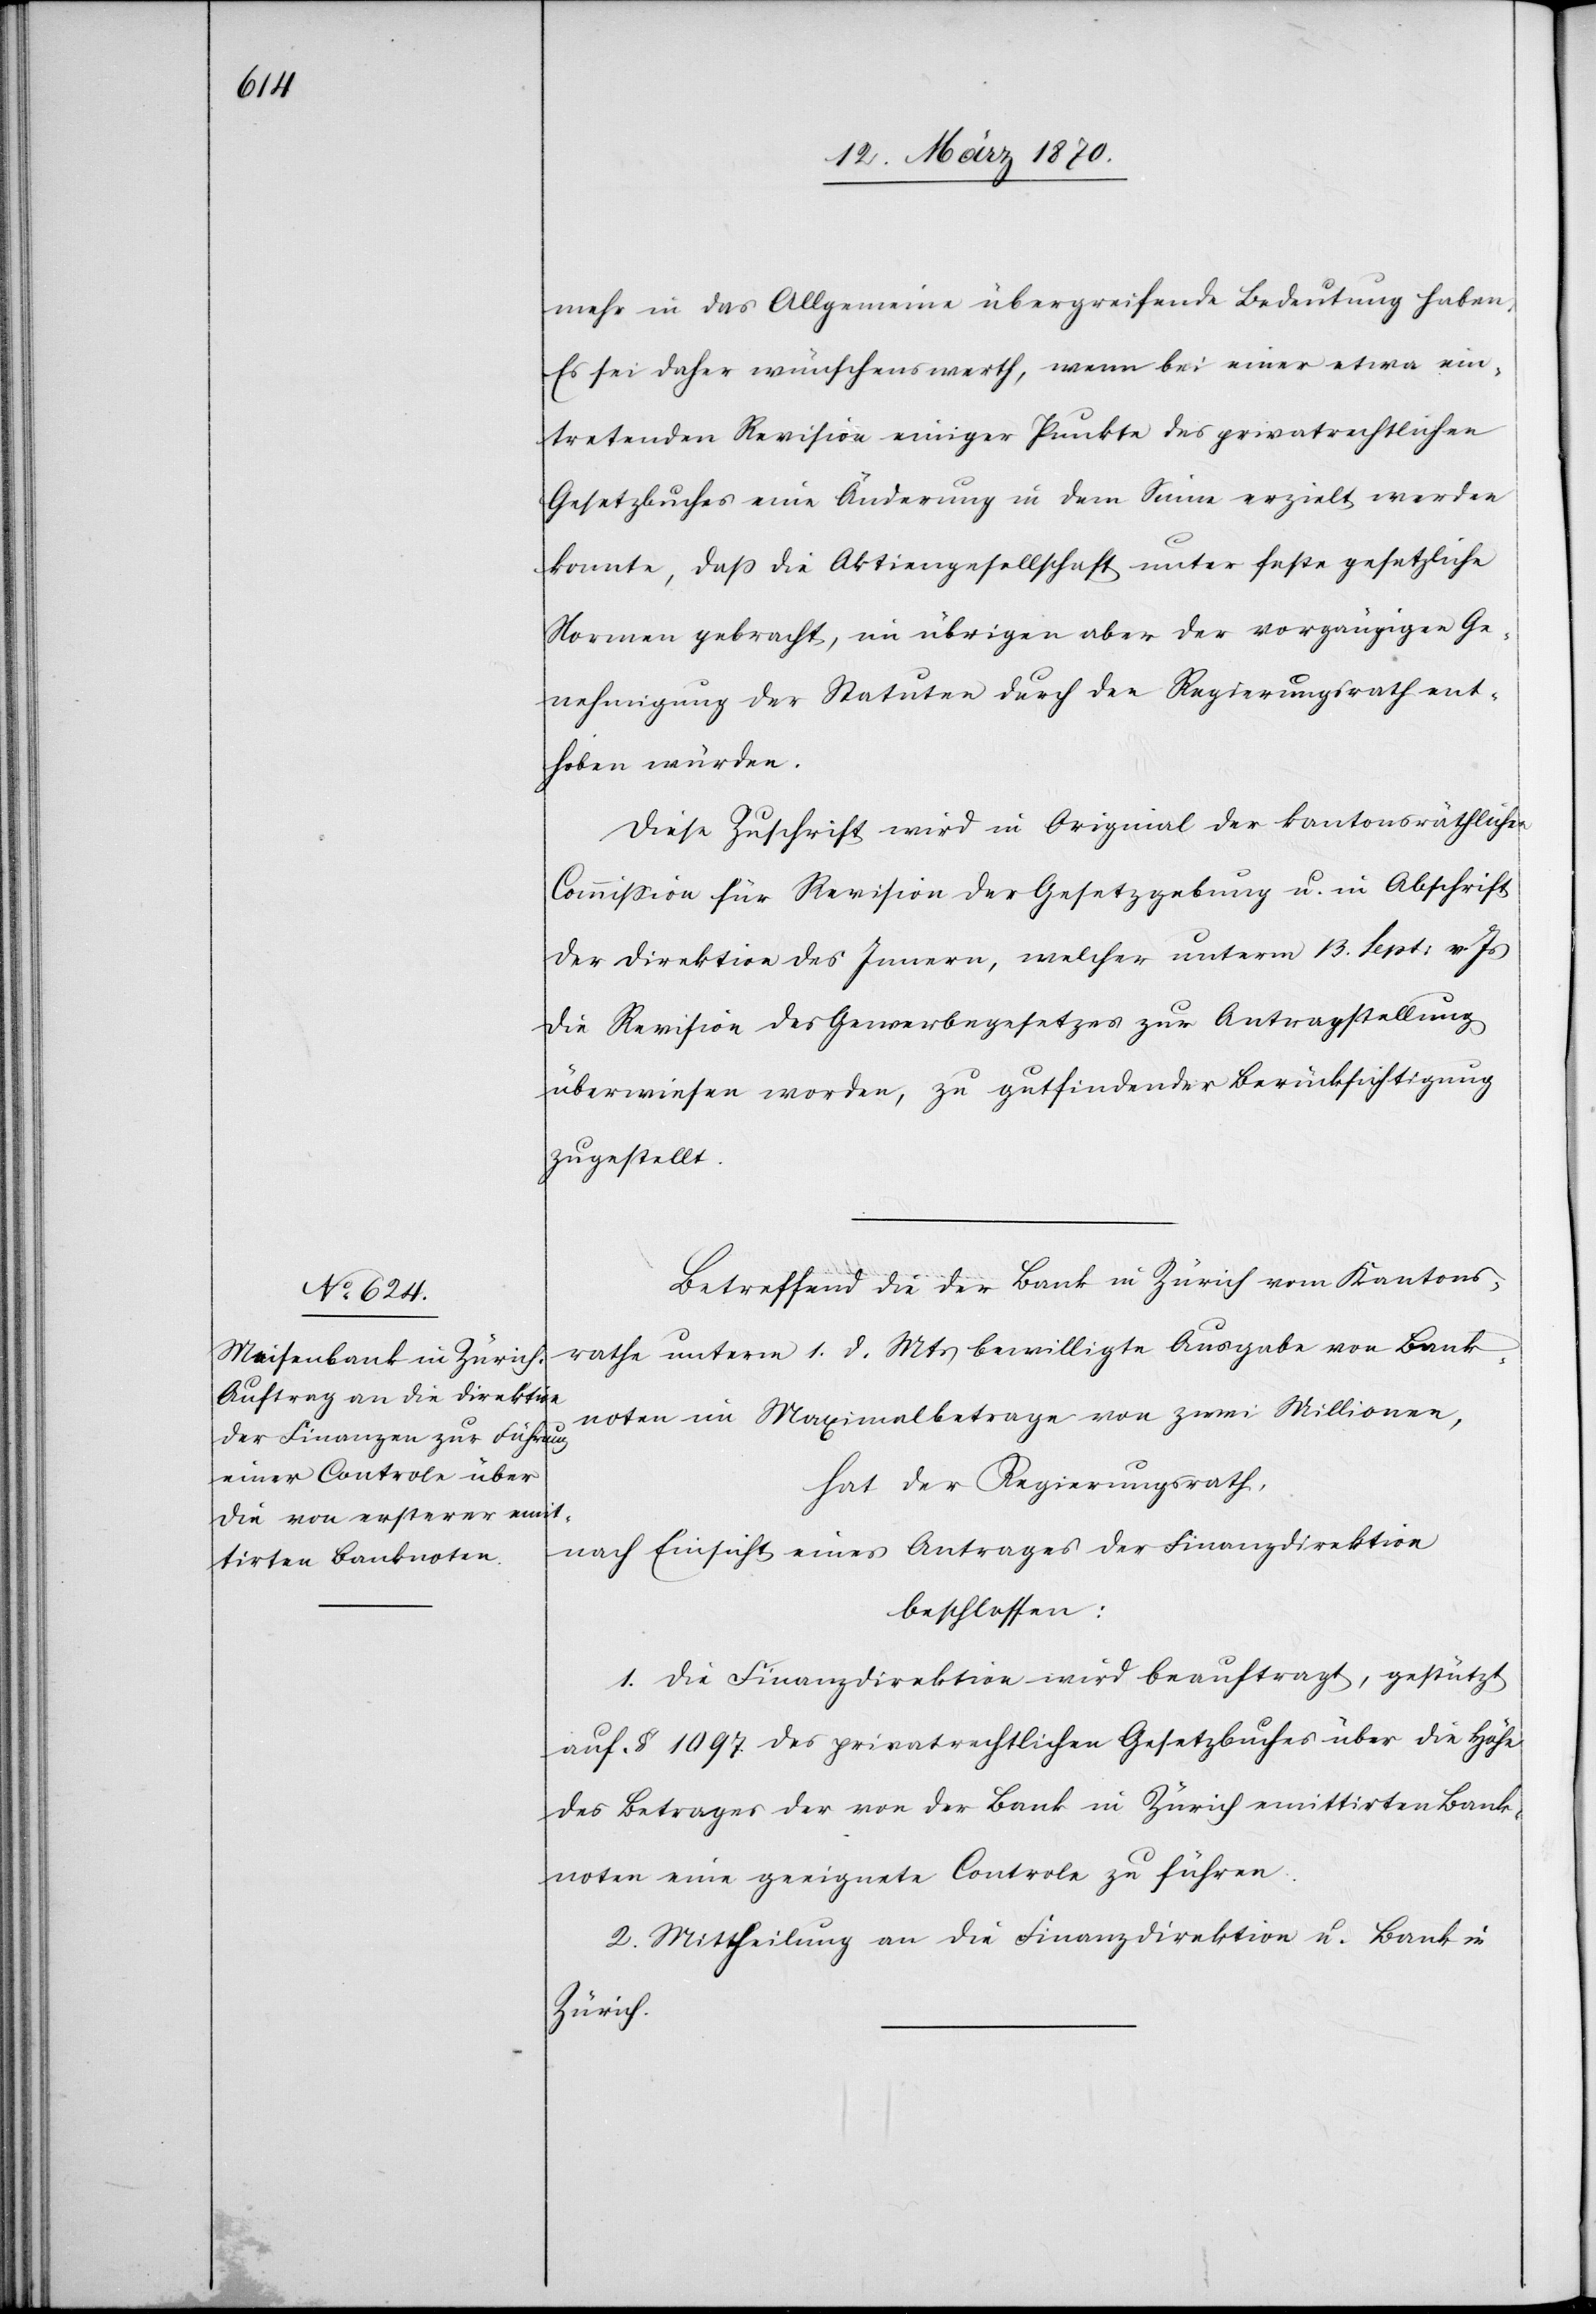
mehr in das Allgemeine übergreifende Bedeutung haben.
Es sei daher wünschenswerth, wenn bei einer etwa ein¬
tretenden Revision einiger Punkte des privatrechtlichen
Gesetzbuches eine Änderung in dem Sinne erzielt werden
konnte [sic!], daß die Aktiengesellschaft unter feste gesetzliche
Normen gebracht, im übrigen aber der vorgängigen Ge¬
nehmigung der Statuten durch den Regierungsrath ent¬
hoben würde.
Diese Zuschrift wird in Original der kantonsräthlichen
Commission für Revision der Gesetzgebung u. in Abschrift
der Direktion des Innern, welcher unterm 13. Sept: v. Js
die Revision des Gewerbegesetzes zur Antragstellung
überwiesen worden, zu gutfindender Berücksichtigung
zugestellt.
Betreffend die der Bank in Zürich vom Kantons¬
rathe unterm 1. d. Mts bewilligte Ausgabe von Bank¬
noten im Maximalbetrage von zwei Millionen,
hat der Regierungsrath,
nach Einsicht eines Antrages der Finanzdirektion
beschlossen:
1. Die Finanzdirektion wird beauftragt, gestützt
auf [§] 1097 des privatrechtlichen Gesetzbuches über die Höhe
des Betrages der von der Bank in Zürich emittirten Bank¬
noten eine geeignete Controle zu führen.
2. Mittheilung an die Finanzdirektion u. Bank in
Zürich.